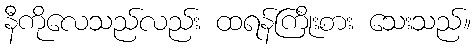
နီကိုလေသည်လည်း ထရန်ကြိုးစား သေးသည်။